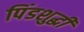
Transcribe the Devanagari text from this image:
पिंडशुद्धी